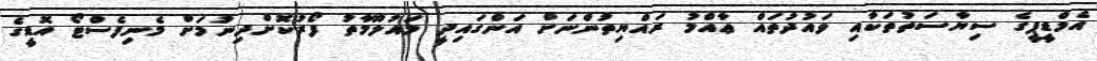
އެމްޑީޕީގެ ސިޔާސަތުތަކާއި ވައުދުތައް ޢާއްމު ރައްޔިތުންނަށް އަންގައިދީ މައުލޫމާތު ފޯރުކޮށްދިނުމަށް މެނިފެސްޓޯ އޮޑީގެ